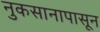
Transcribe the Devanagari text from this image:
नुकसानापासून